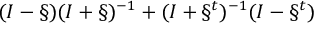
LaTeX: ( I - \S ) ( I + \S ) ^ { - 1 } + ( I + \S ^ { t } ) ^ { - 1 } ( I - \S ^ { t } )